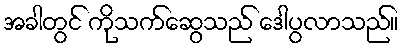
အခါတွင် ကိုသက်ဆွေသည် ဒေါပွလာသည်။